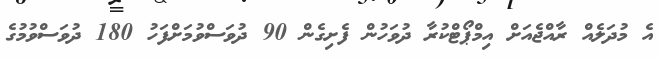
އެ މުދަލެއް ރާއްޖެއަށް އިމްޕޯޓްކުރާ ދުވަހުން ފެށިގެން 90 ދުވަސްވުމަށްފަހު 180 ދުވަސްވުމުގެ